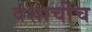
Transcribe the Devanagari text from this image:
वंशाचीच